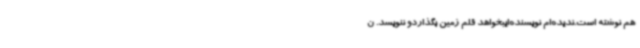
هم نوشته است.ندیده‌ام نویسنده‌ایبخواهد قلم زمین بگذاردو ننویسد. ن